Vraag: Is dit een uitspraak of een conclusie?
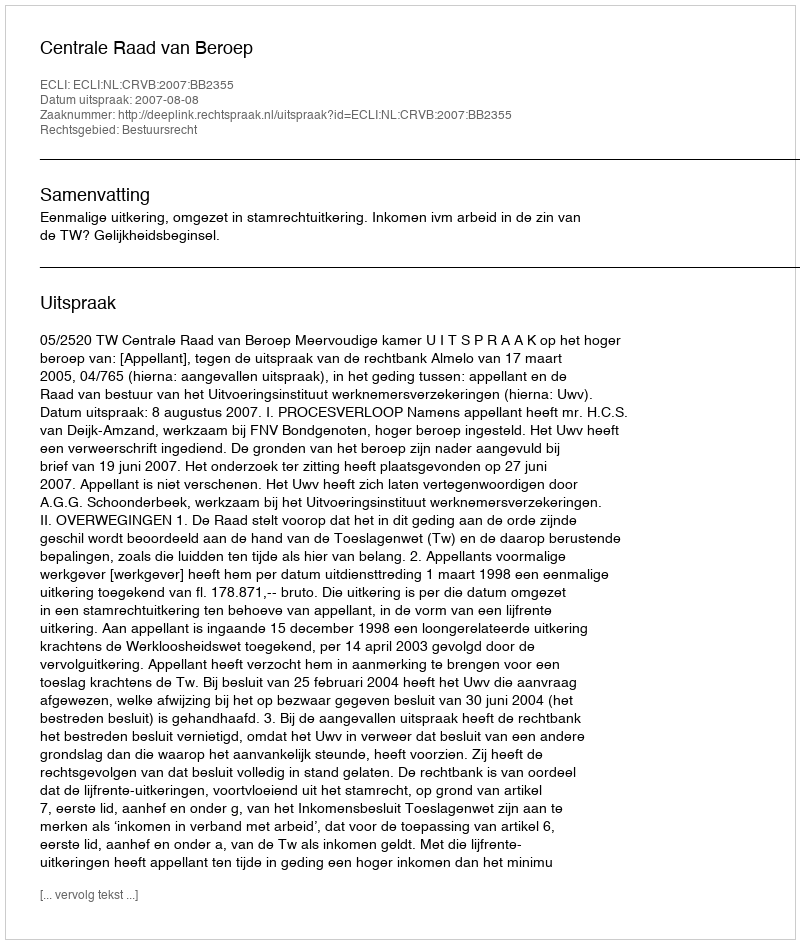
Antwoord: Uitspraak